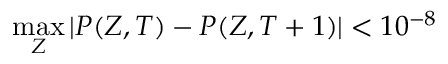
\operatorname* { m a x } _ { Z } | P ( Z , T ) - P ( Z , T + 1 ) | < 1 0 ^ { - 8 }